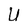
Character: U